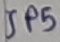
Text: JP5